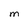
Character: M